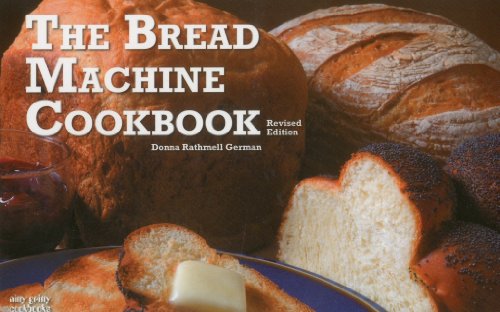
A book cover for The Bread Machine Cookbook; Donna Rathmell German; Cookbooks, Food & Wine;